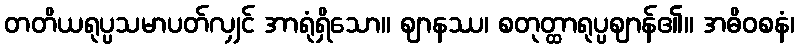
တတိယရုပ္ပသမာပတ်လျှင် အာရုံရှိသော။ ဈာနဿ၊ စတုတ္ထာရုပ္ပဈာန်၏။ အဓိဝစနံ၊